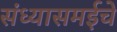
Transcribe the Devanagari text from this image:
संध्यासमईचे